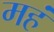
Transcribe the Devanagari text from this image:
महं